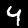
Digit: 4